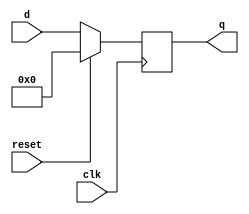
module top_module (
    input clk,
    input reset,            // Synchronous reset
    input [7:0] d,
    output [7:0] q
);

    always @(posedge clk) begin
        case (reset)
            0 : q = d;
            default: q = 0;
        endcase
    end

endmodule